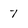
Character: 7